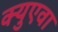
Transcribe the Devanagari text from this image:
क्युएवा